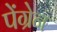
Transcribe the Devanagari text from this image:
पेंग्रेन